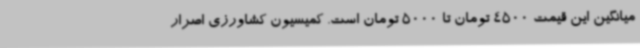
میانگین این قیمت 4500 تومان تا 5000 تومان است. کمیسیون کشاورزی اصرار